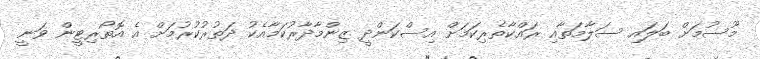
މޫސުމަށް ބަލައި ސަލާމަތާއި ރައްކާތެރިކަމަށް އިސްކަންދީ ޒިންމާދާރުކަމާއެކު ދަތުރުކުރުމަށް އެ އޮތޯރިޓީން ވަނީ